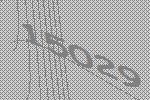
15029